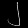
Digit: ၂